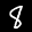
Label: 8